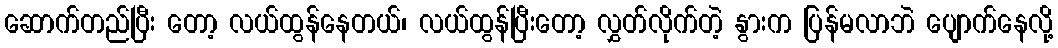
ဆောက်တည်ပြီး တော့ လယ်ထွန်နေတယ်၊ လယ်ထွန်ပြီးတော့ လွှတ်လိုက်တဲ့ နွားက ပြန်မလာဘဲ ပျောက်နေလို့